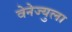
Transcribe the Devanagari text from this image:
वेनेज्युला